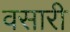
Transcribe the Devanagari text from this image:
वसारी